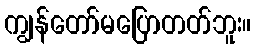
ကျွန်တော်မပြောတတ်ဘူး။